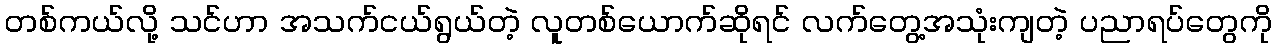
တစ်ကယ်လို့ သင်ဟာ အသက်ငယ်ရွယ်တဲ့ လူတစ်ယောက်ဆိုရင် လက်တွေ့အသုံးကျတဲ့ ပညာရပ်တွေကို